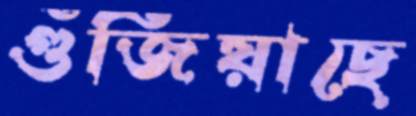
গুঁজিয়াছে